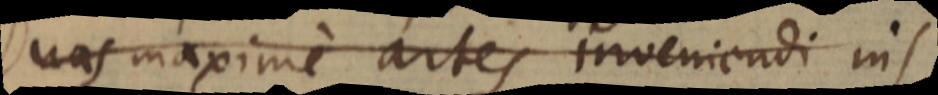
Duas maxime artes inveniendi ins